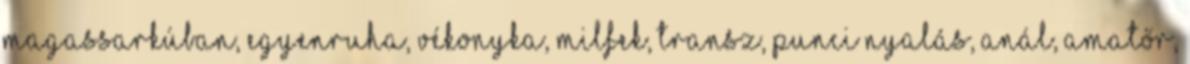
magassarkúban, egyenruha, vékonyka, milfek, transz, punci nyalás, anál, amatőr,